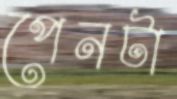
পেনটা